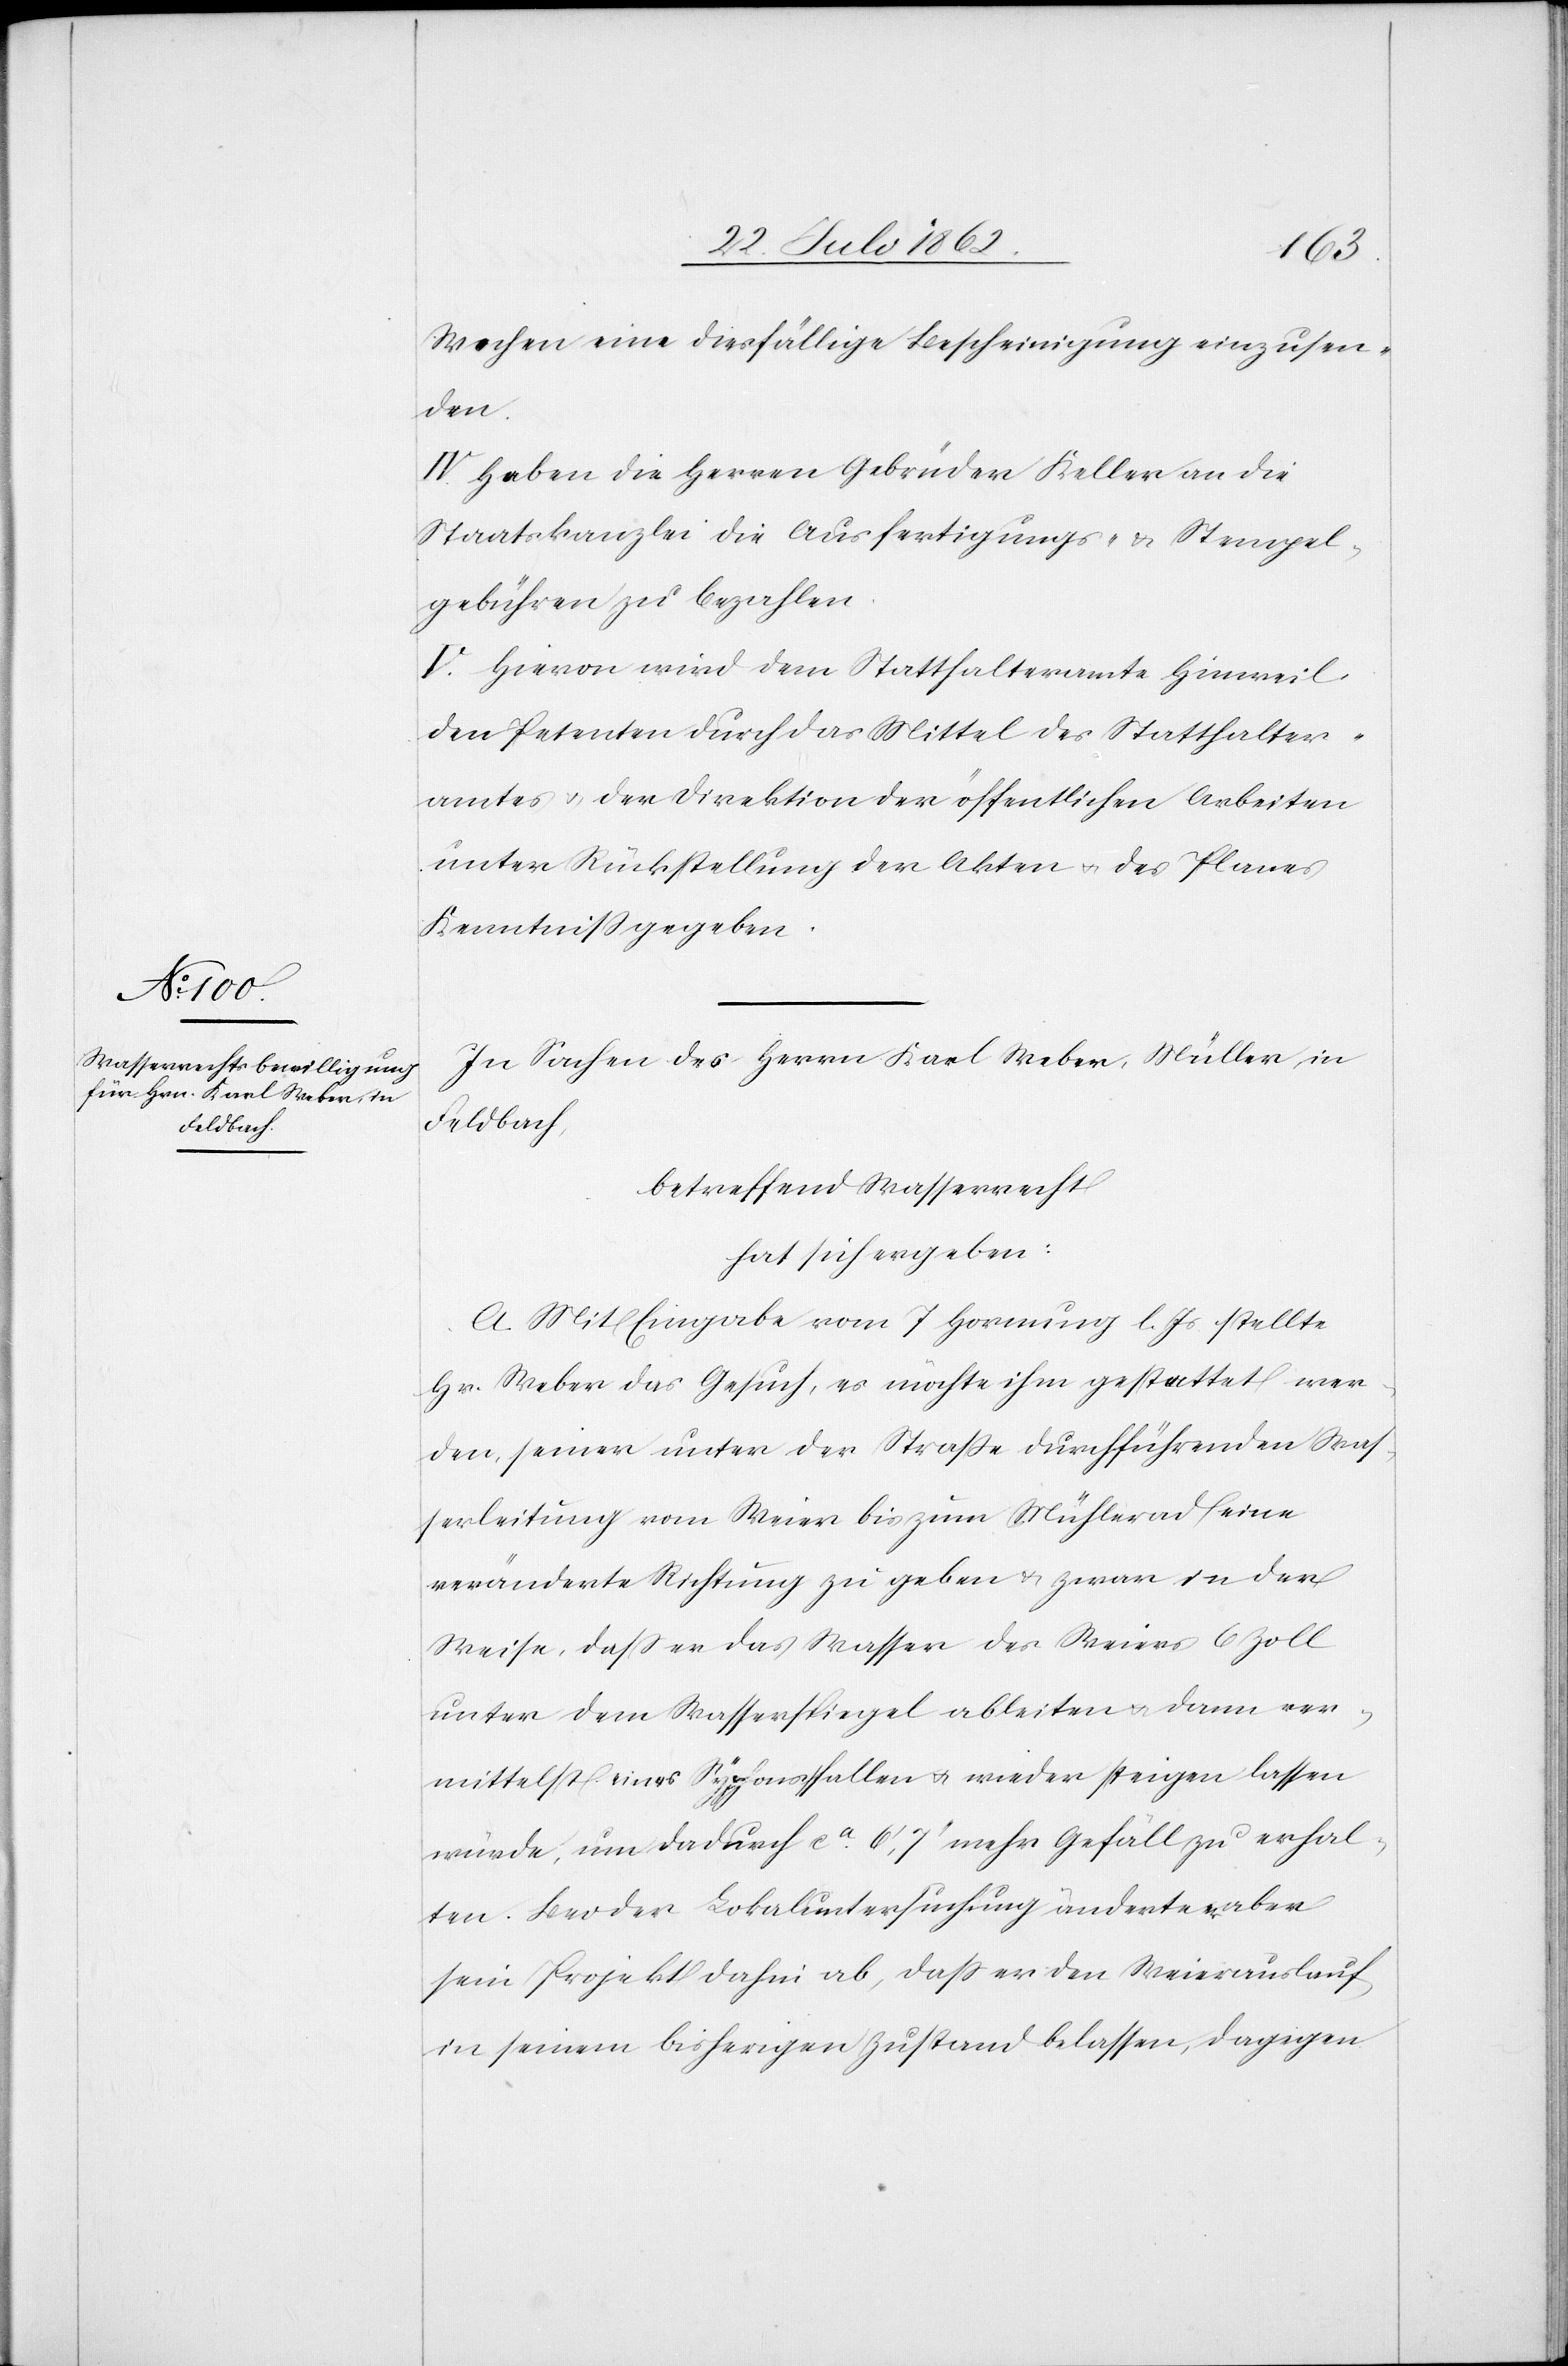
Wochen eine diesfällige Bescheinigung einzusen¬
den.
IV. Haben die Herren Gebrüder Keller an die
Staatskanzlei die Ausfertigungs- u. Stempel¬
gebühren zu bezahlen.
V. Hievon wird dem Statthalteramte Hinweil
den Petenten durch das Mittel des Statthalter¬
amtes u. der Direktion der öffentlichen Arbeiten
unter Rückstellung der Akten u. des Planes
Kenntniß gegeben.
In Sachen des Herrn Karl Weber, Müller in
Feldbach,
betreffend Wasserrecht
hat sich ergeben:
A. Mit Eingabe vom 7. Hornung l. Js. stellte
Hr. Weber das Gesuch, es möchte ihm gestattet wer¬
den, seiner unter der Straße durchführenden Was¬
serleitung vom Weier bis zum Mühlerad eine
veränderte Richtung zugeben u. zwar in der
Weise, daß er das Wasser des Weiers 6 Zoll
unter dem Wasserspiegel ableiten u. dann ver¬
mittelst eines Syphons fallen u. wieder steigen lassen
würde, um dadurch ca 6’,7’’ mehr Gefäll zu erhal¬
ten. Bei der Lokaluntersuchung änderte er aber
sein Projekt dahin ab, daß er den Weierauslauf
in seinem bisherigen Zustand belassen, dagegen